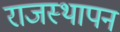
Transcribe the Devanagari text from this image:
राजस्थापन